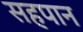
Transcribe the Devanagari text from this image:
सहपान